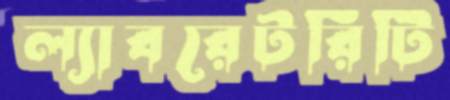
ল্যাবরেটরিটি